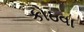
કોઠવા